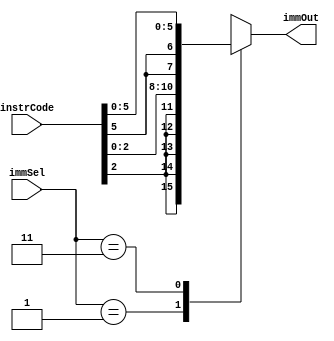
`timescale 1ns / 1ps
//////////////////////////////////////////////////////////////////////////////////
// Company: 
// Engineer: 
// 
// Design Name: 
// Module Name: immGen
// Project Name: 
// Target Devices: 
// Tool Versions: 
// Description: 
// 
// Dependencies: 
// 
// Revision:
// Revision 0.01 - File Created
// Additional Comments:
// 
//////////////////////////////////////////////////////////////////////////////////


module immGen(
    input [7:0] instrCode, 
    input [1:0] immSel,
    output reg [7:0] immOut
    );
   
parameter [1:0] JUMP = 2'b11, LOAD = 2'b01; 


always @(*)
    begin 
        case(immSel) 
            LOAD:
                immOut <= {{5{instrCode[2]}}, instrCode[2:0]};
            JUMP: 
                immOut <= {{2{instrCode[5]}}, instrCode[5:0]}; 
            default: 
                immOut <= 8'bx;
        endcase
    end 
endmodule